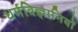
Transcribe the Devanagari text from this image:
धर्मविज्ञानियों